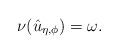
LaTeX: \begin{align*} \nu(\hat{u}_{\eta,\phi})=\omega.\end{align*}